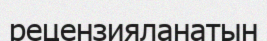
рецензияланатын